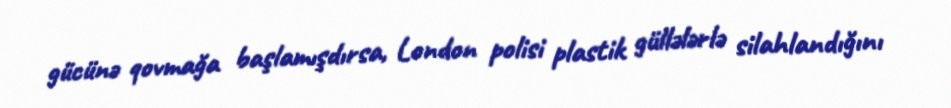
gücünə qovmağa başlamışdırsa, London polisi plastik güllələrlə silahlandığını